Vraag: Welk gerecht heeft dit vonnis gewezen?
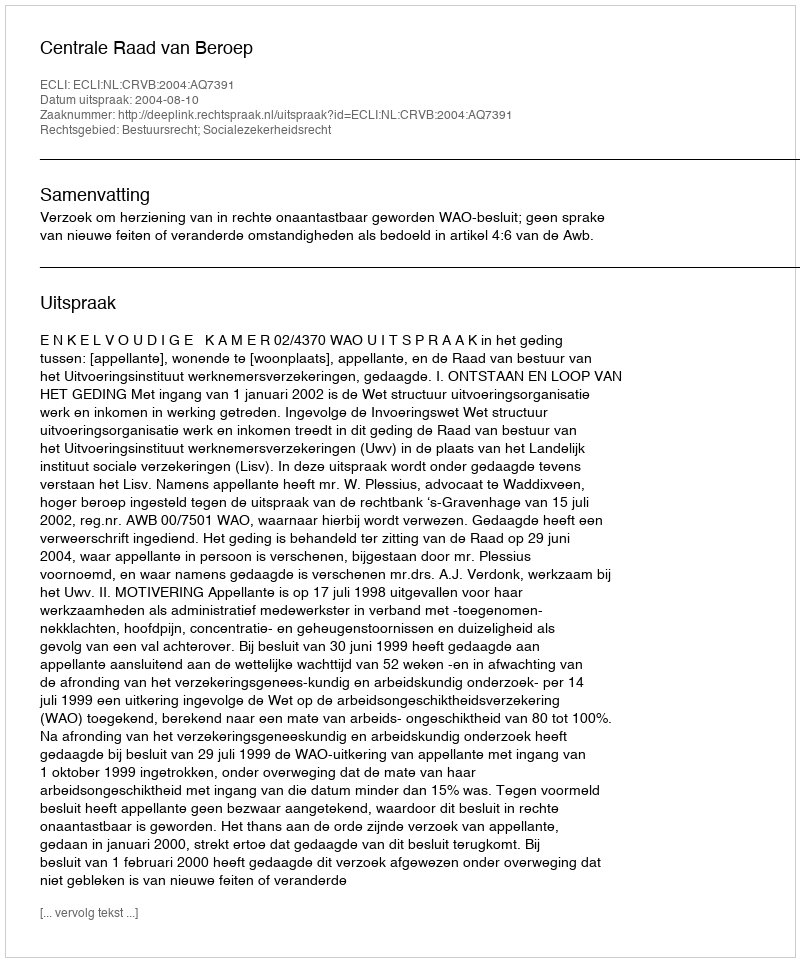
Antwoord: Centrale Raad van Beroep